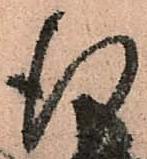
行